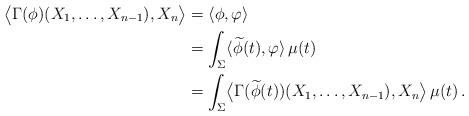
LaTeX: \begin{align*}\bigl\langle \Gamma(\phi)(X_1,\ldots,X_{n-1}), X_n\bigr\rangle & = \langle\phi,\varphi\rangle\\& = \int_{\Sigma} \langle \widetilde{\phi}(t) ,\varphi \rangle \,\mu(t)\\& = \int_{\Sigma} \bigl\langle\Gamma(\widetilde{\phi}(t))(X_1,\ldots,X_{n-1}), X_n\bigr\rangle \,\mu(t)\,.\end{align*}